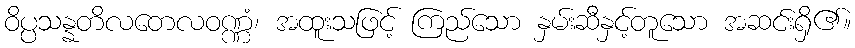
ဝိပ္ပသန္နတိလတေလဝဏ္ဏံ၊ အထူးသဖြင့် ကြည်သော နှမ်းဆီနှင့်တူသော အဆင်းရှိ၏။